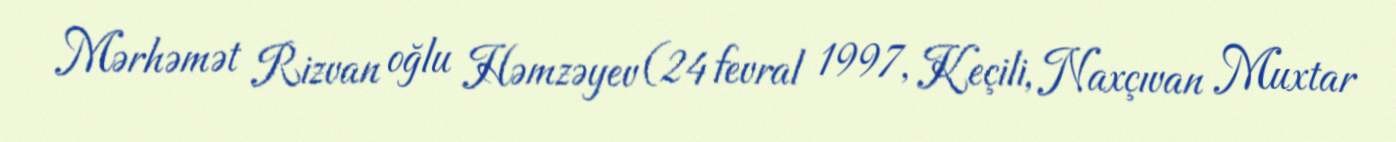
Mərhəmət Rizvan oğlu Həmzəyev (24 fevral 1997, Keçili, Naxçıvan Muxtar